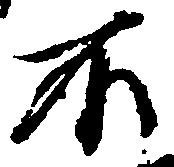
不